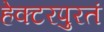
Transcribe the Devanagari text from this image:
हेक्टरपुरतं